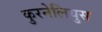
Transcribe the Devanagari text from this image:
कुरनेलियुस